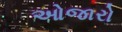
ઓજારો